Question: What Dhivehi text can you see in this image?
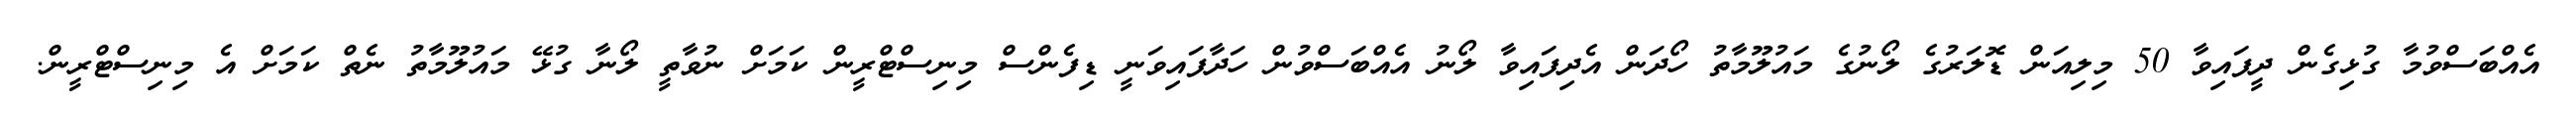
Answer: އެއްބަސްވުމާ ގުޅިގެން ދީފައިވާ 50 މިލިއަން ޑޮލަރުގެ ލޯނުގެ މައުލޫމާތު ހޯދަން އެދިފައިވާ ލޯނު އެއްބަސްވުން ހަދާފައިވަނީ ޑިފެންސް މިނިސްޓްރީން ކަމަށް ނުވާތީ ލޯނާ ގުޅޭ މައުލޫމާތު ނެތް ކަމަށް އެ މިނިސްޓްރީން.